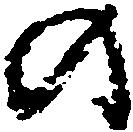
の